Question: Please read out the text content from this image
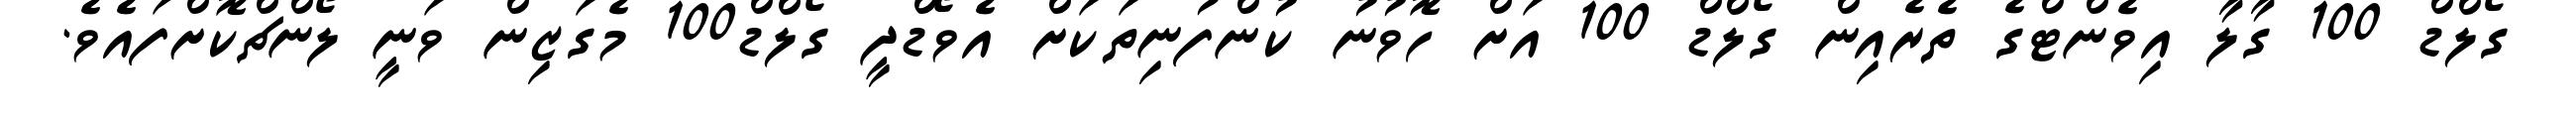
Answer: ގޯލްޑް 100 ގާލާ އިވެންޓްގެ ތެރެއިން ގޯލްޑް 100 އަށް ހޮވުނު ކުންފުނިތަކަށް އެވޯޑްދީ ގޯލްޑް100 މެގަޒިން ވަނީ ލޯންޗްކޮށްފައެވެ.